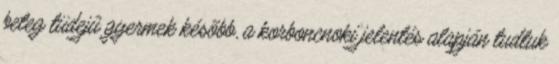
beteg tüdejû gyermek késõbb, a korboncnoki jelentés alapján tudtuk